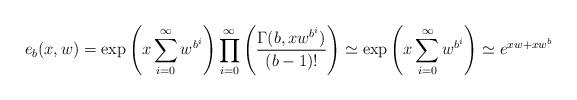
LaTeX: \begin{align*}e_b(x,w) = \exp\left(x\sum_{i=0}^{\infty}w^{b^i}\right) \prod_{i=0}^{\infty} \left(\frac{\Gamma(b,xw^{b^i})}{(b-1)!}\right) \simeq \exp\left(x\sum_{i=0}^{\infty} w^{b^i}\right) \simeq e^{xw+xw^{b}}\end{align*}